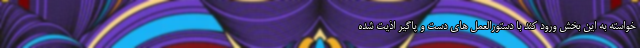
خواسته به این بخش ورود کند با دستورالعمل های دست و پاگیر اذیت شده